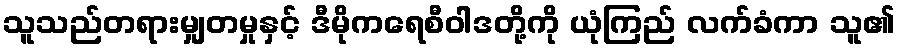
သူသည်တရားမျှတမှုနှင့် ဒီမိုကရေစီဝါဒတို့ကို ယုံကြည် လက်ခံကာ သူ၏